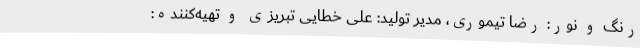
رنگ و نور: رضا تیموری، مدیر تولید: علی خطایی تبریزی و تهیه‌کننده: